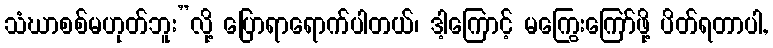
သံဃာစစ်မဟုတ်ဘူး”လို့ ပြောရာရောက်ပါတယ်၊ ဒါ့ကြောင့် မကြွေးကြော်ဖို့ ပိတ်ရတာပါ,